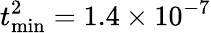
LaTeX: t_{\textrm{min}}^{2}=1.4\times 10^{-7}